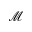
\mathcal { M }